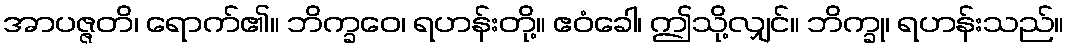
အာပဇ္ဇတိ၊ ရောက်၏။ ဘိက္ခဝေ၊ ရဟန်းတို့။ ဧဝံခေါ၊ ဤသို့လျှင်။ ဘိက္ခု၊ ရဟန်းသည်။